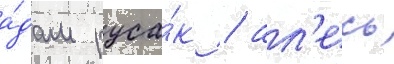
а́дам руса́к / ал'есь